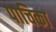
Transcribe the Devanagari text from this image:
पाचिका